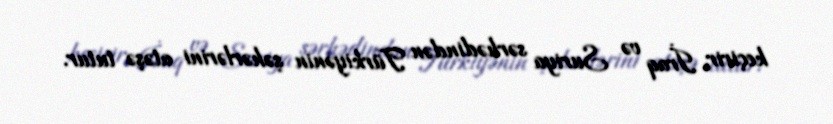
keçirir, İraq və Suriya sərhədindən Türkiyənin şəhərlərini atəşə tutur.